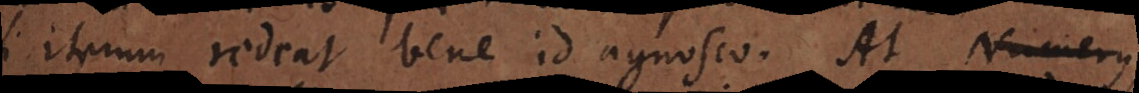
si iterum redeat bene id agnosco. At Numerus,